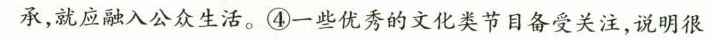
承，就应融入公众生活。④一些优秀的文化类节目备受关注，说明很